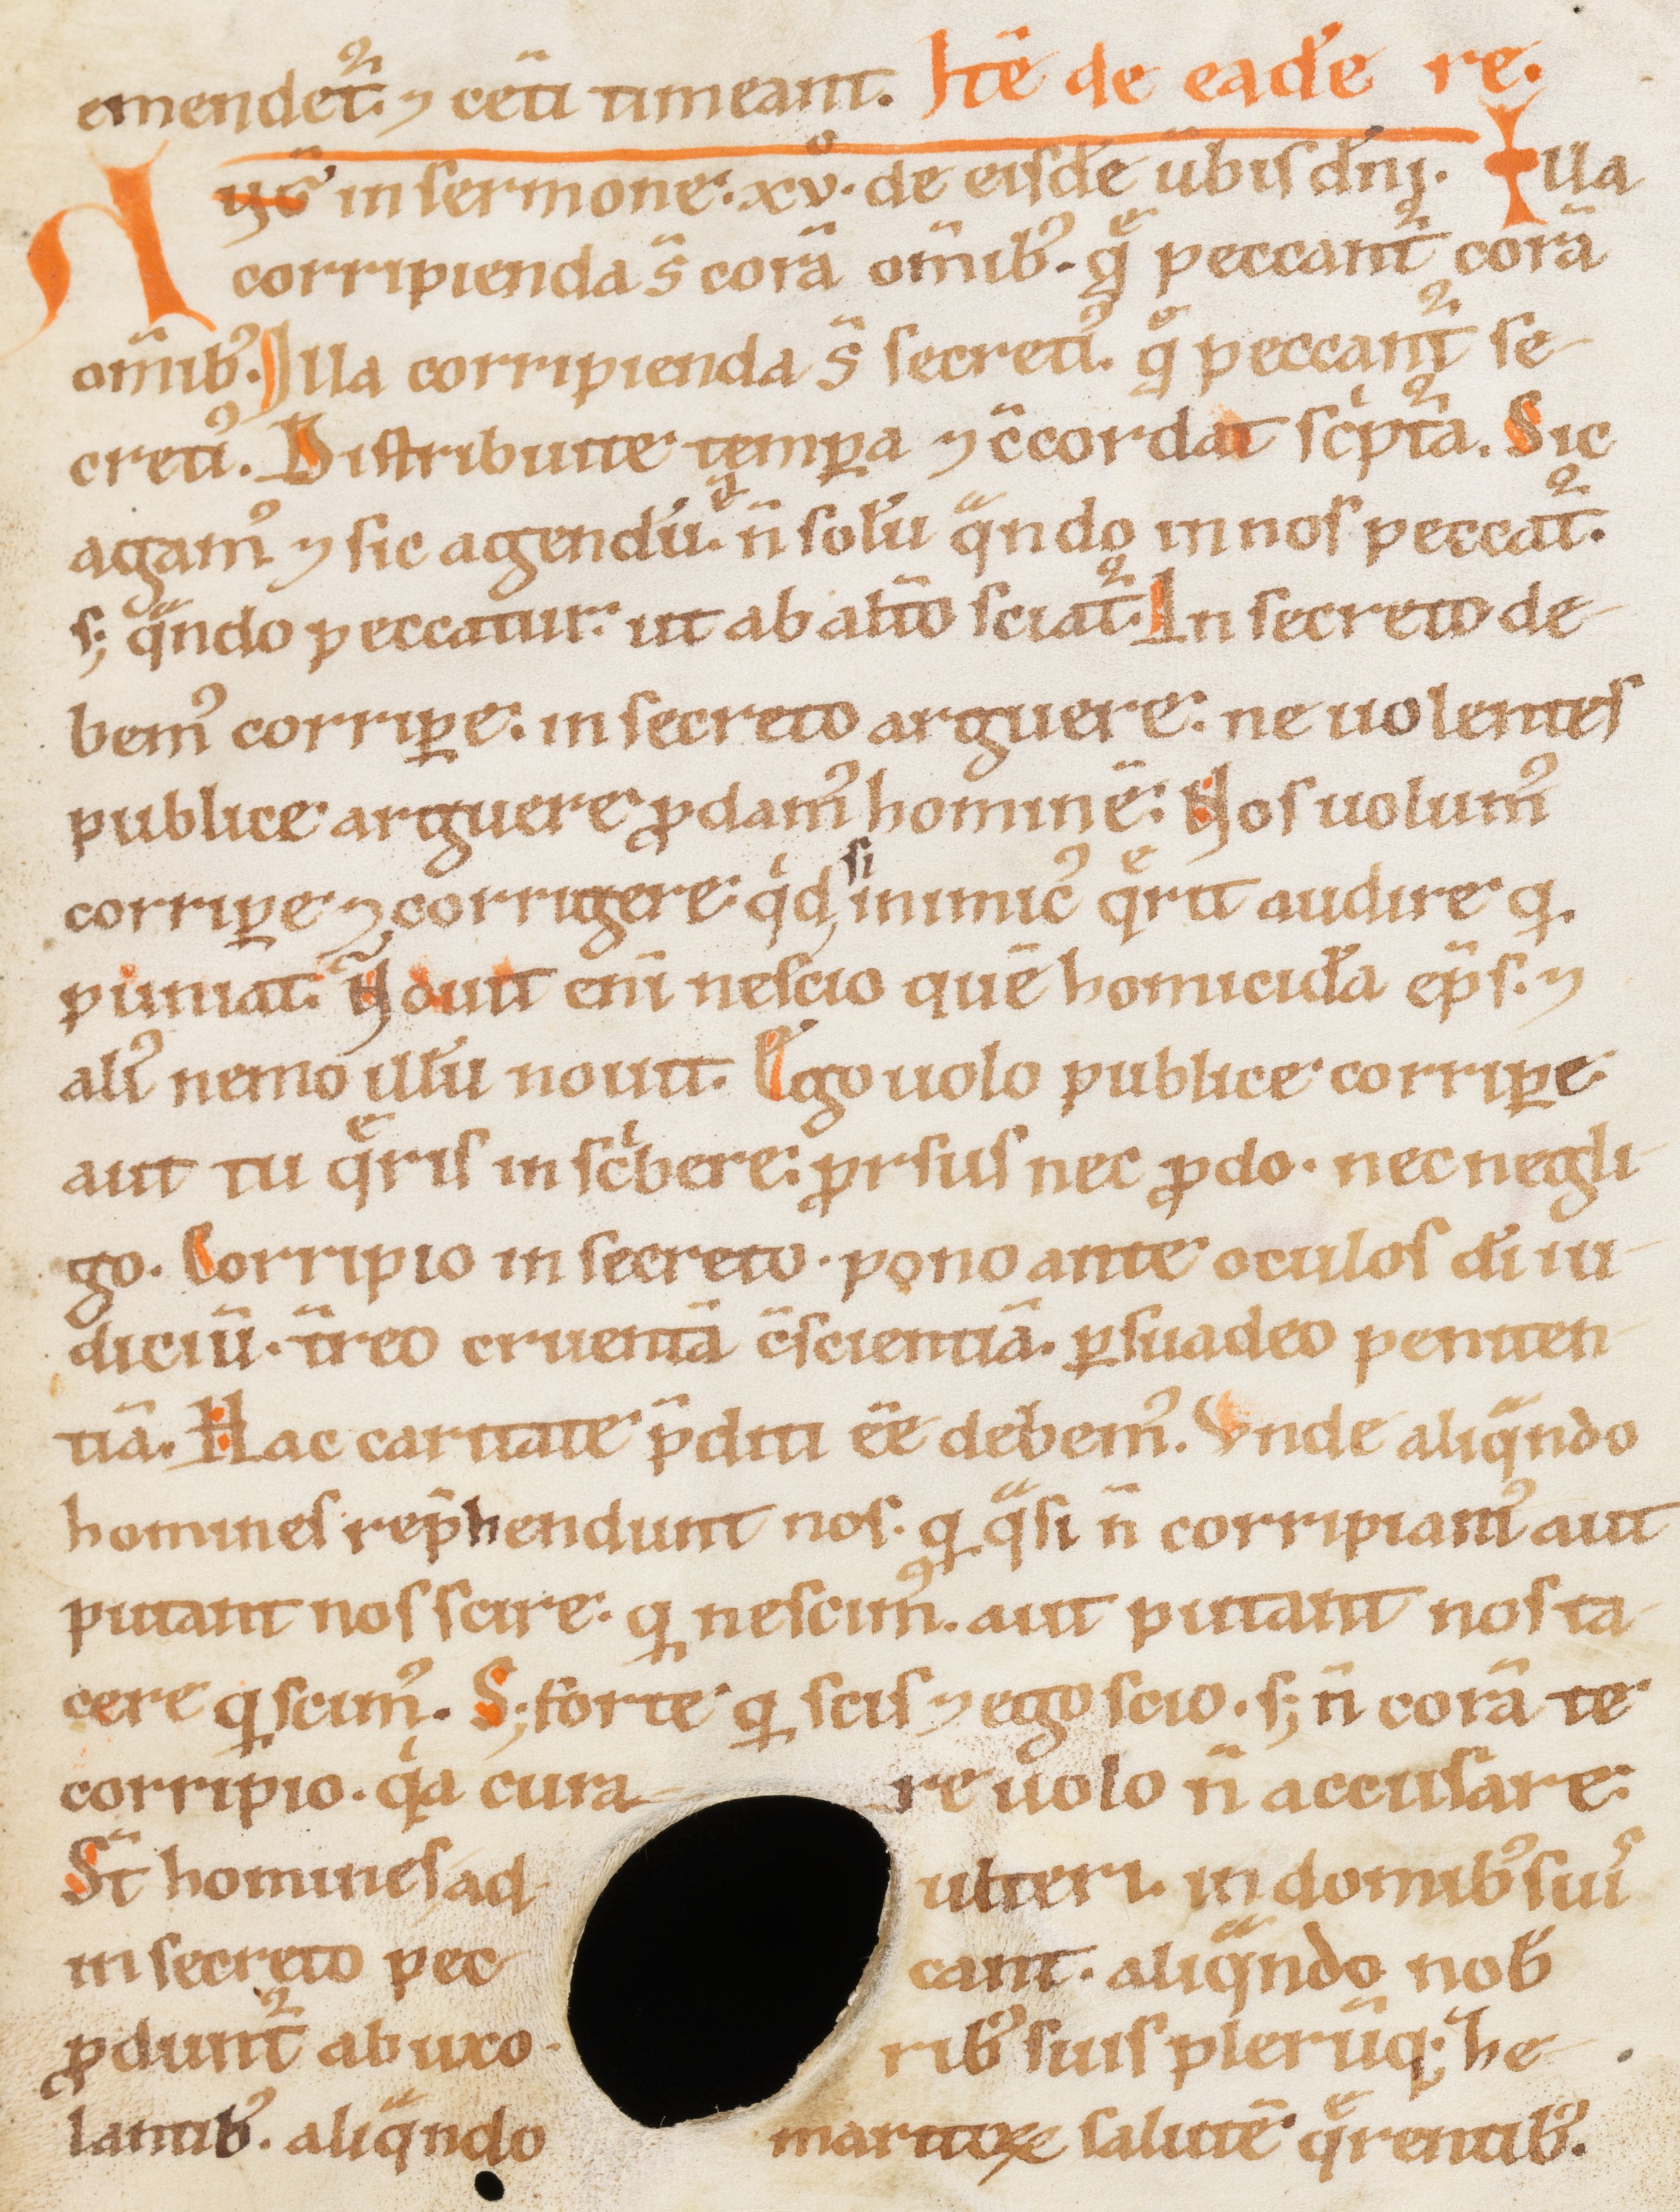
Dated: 1100–1199